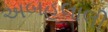
અબહલાલી